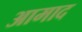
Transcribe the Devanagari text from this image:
आमाद